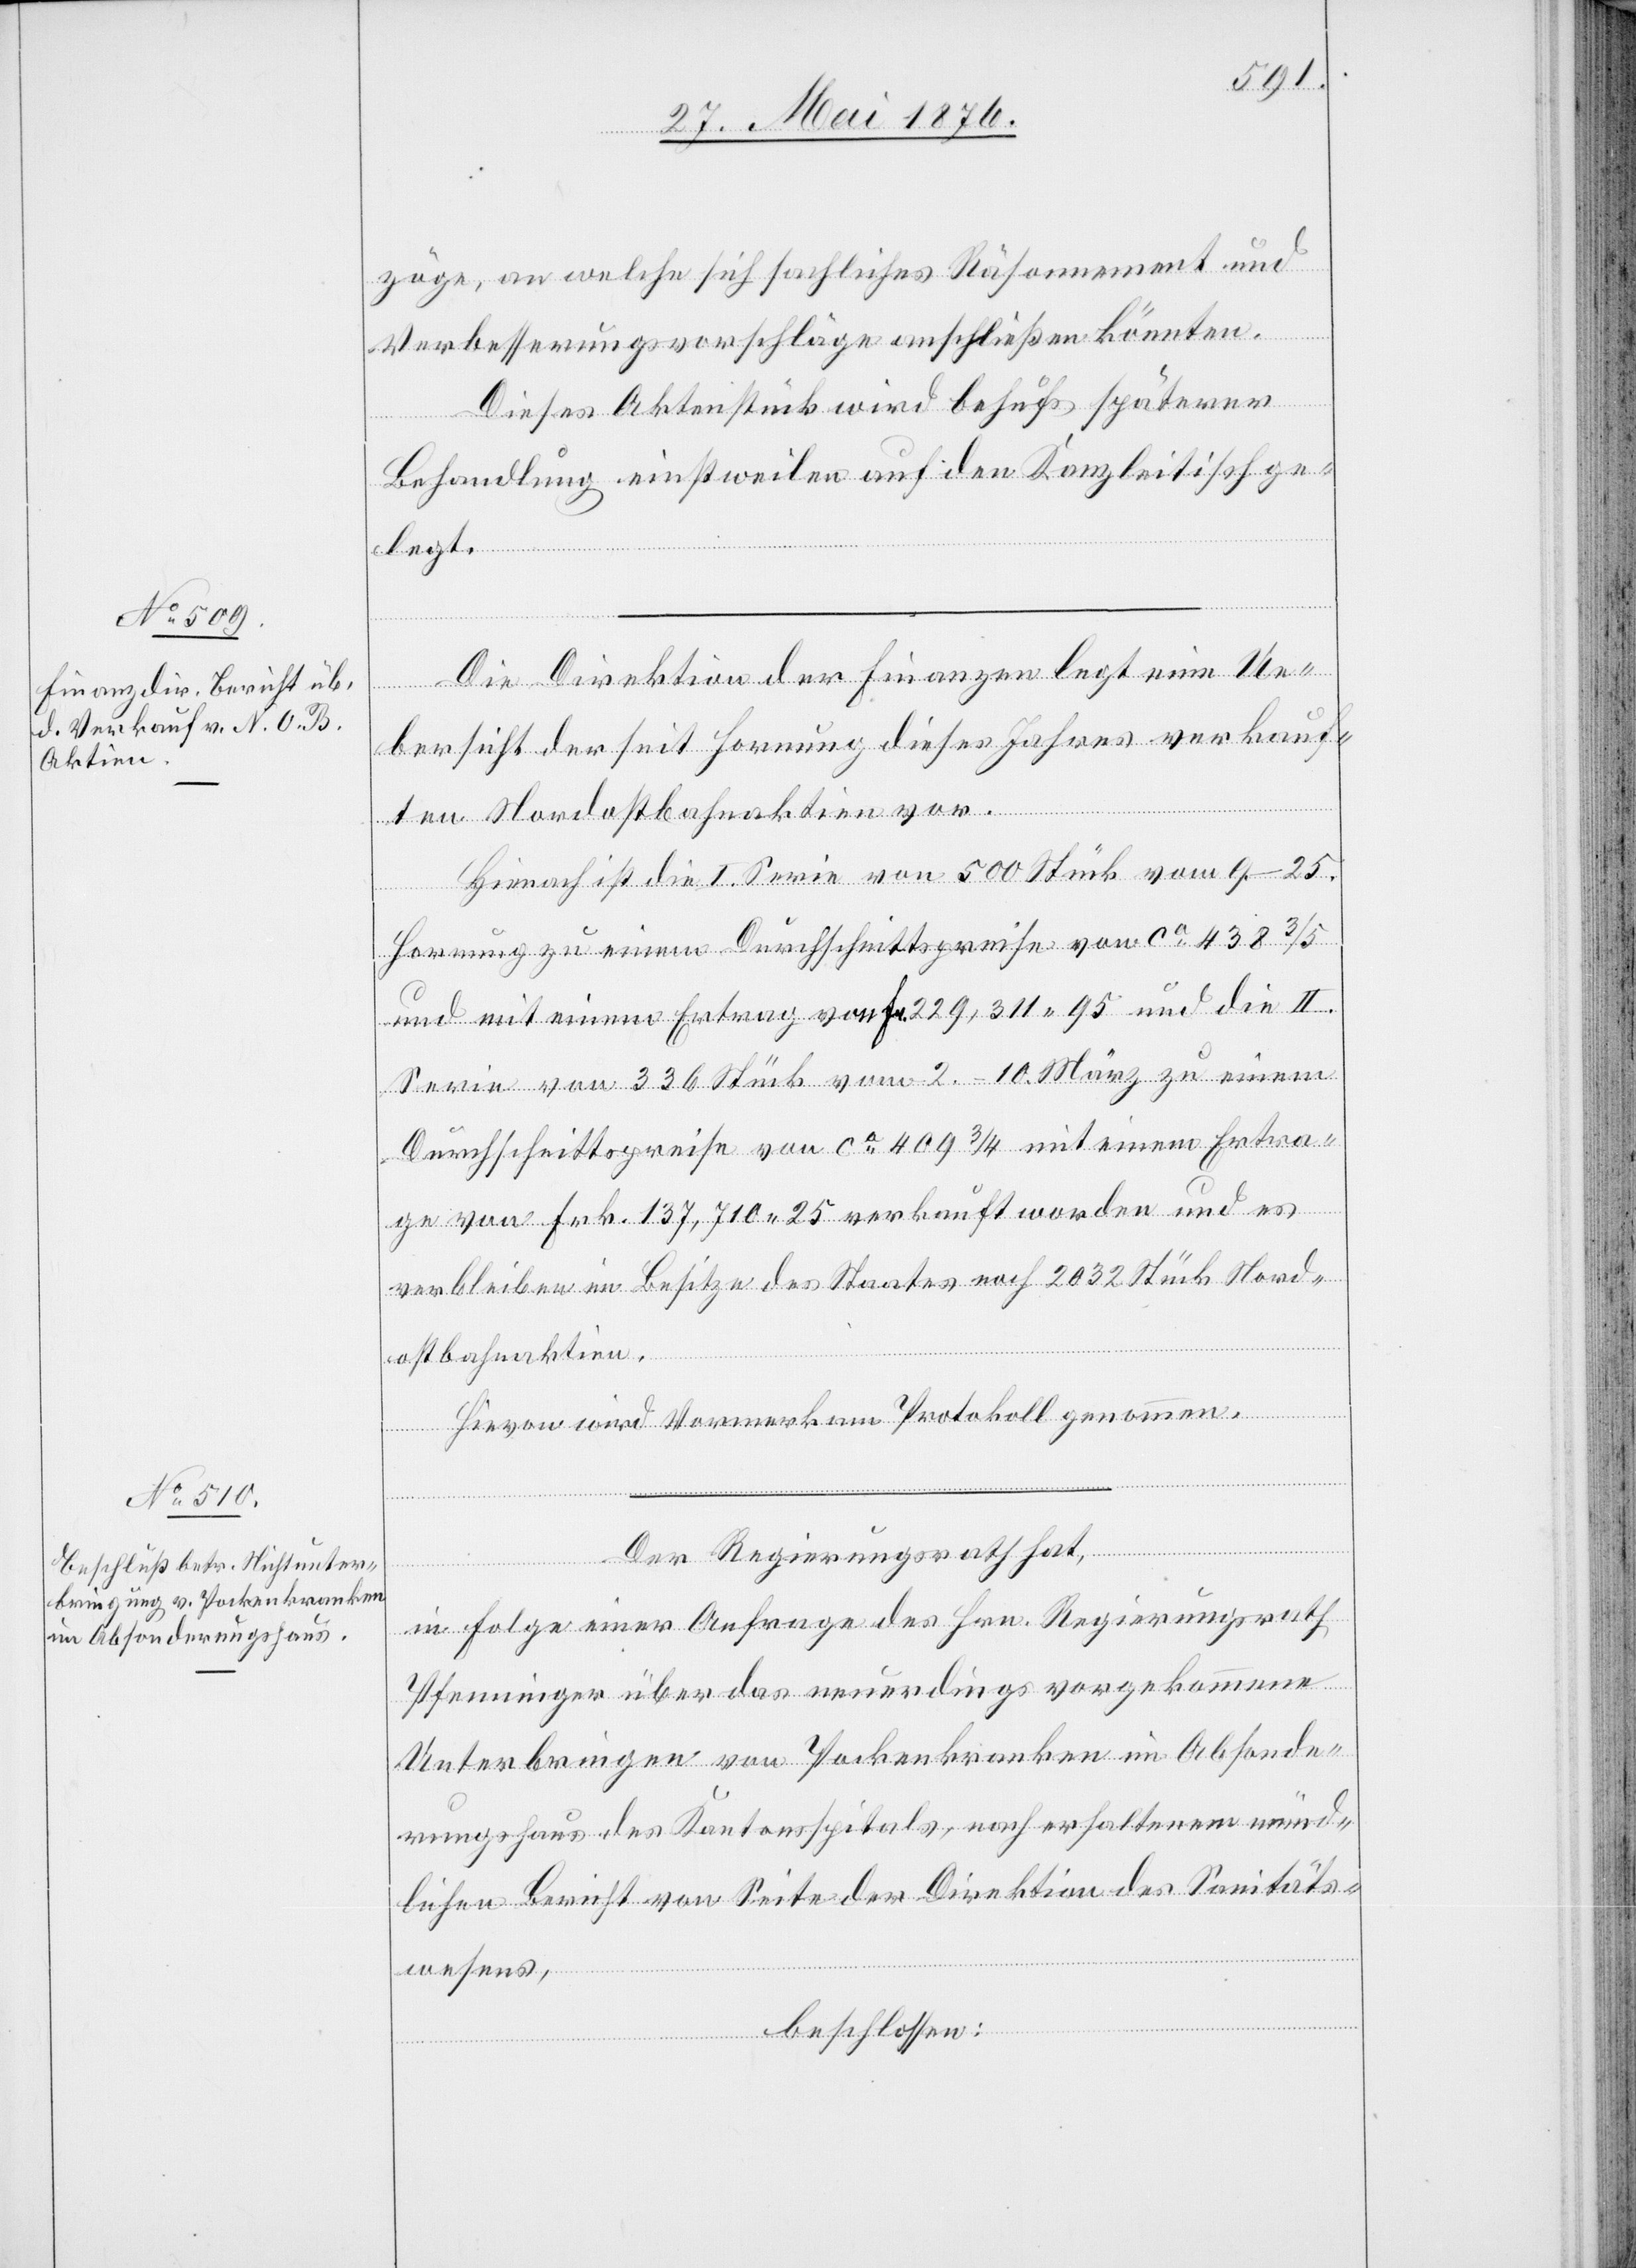
zöge, an welche sich sachliches Räsonnement und
Verbesserungsvorschläge anschließen könnten.
Dieses Aktenstück wird behufs späterer
Behandlung einstweilen auf den Kanzleitisch ge¬
legt.
Die Direktion der Finanzen legt eine Ue¬
bersicht der seit Hornung dieses Jahres verkauf¬
ten Nordostbahnaktien vor.
Hienach ist die I. Serie von 500 Stück vom 9.–25.
Hornung zu einem Durchschnittspreise von ca 438 3/5
und mit einem Ertrag von Fr. 229,311 95 und die II.
Serie von 336 Stück vom 2.–10. März zu einem
Durchschnittspreise von ca 409 3/4 mit einem Ertra¬
ge von Frk. 137,710 25 verkauft worden und es
verbleiben im Besitze des Staates noch 2032 Stück Nord¬
ostbahnaktien.
Hievon wird Vormerk am Protokoll genommen.
Der Regierungsrath hat,
in Folge einer Anfrage des Hrn. Regierungsrath
Pfenninger über das neuerdings vorgekommene
Unterbringen von Pockenkranken im Absonde¬
rungshaus des Kantonsspitals, nach erhaltenem münd¬
lichen Bericht von Seite der Direktion des Sanitäts¬
wesens,
beschlossen: